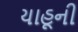
યાહૂની